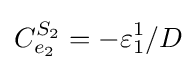
C_{e_{2}}^{S_{2}}=-\varepsilon _{1}^{1}/D